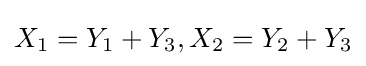
X_{1}=Y_{1}+Y_{3},X_{2}=Y_{2}+Y_{3}